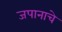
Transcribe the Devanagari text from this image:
जपानाचे